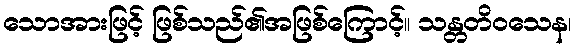
သောအားဖြင့် ဖြစ်သည်၏အဖြစ်ကြောင့်။ သန္တတိဝသေန၊